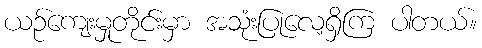
ယဉ်ကျေးမှုတိုင်းမှာ အသုံးပြုလေ့ရှိကြ ပါတယ်။